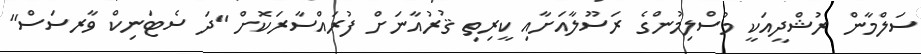
ސަލްމާން ރުޝްދީއަކީ މުސްލިމުންގެ ރަސޫލާއަށާއި ކީރިތި ޤުރުއާނަށް ފުރައްސާރަކޮށް "ދަ ސެޓަނިކް ވާރސަސް"